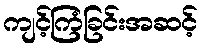
ကျင့်ကြံခြင်းအဆင့်